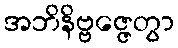
အဘိနိဗ္ဗဇ္ဇေတွာ